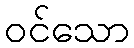
ဝင်သော